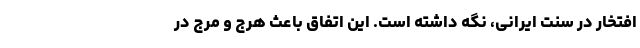
افتخار در سنت ایرانی، نگه داشته است. این اتفاق باعث هرج و مرج در